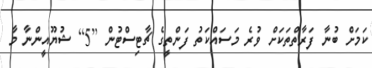
ކަމަށް ބުނާ ފަރާތްތަކަށް ވުރެ މަސައްކަތު ފަންތީގެ ޗާޓިސްޓުން [5] ޝުޔޫއީންނާ މާ